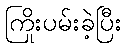
ကြိုးပမ်းခဲ့ပြီး